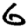
Digit: 6